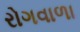
રોગવાળા